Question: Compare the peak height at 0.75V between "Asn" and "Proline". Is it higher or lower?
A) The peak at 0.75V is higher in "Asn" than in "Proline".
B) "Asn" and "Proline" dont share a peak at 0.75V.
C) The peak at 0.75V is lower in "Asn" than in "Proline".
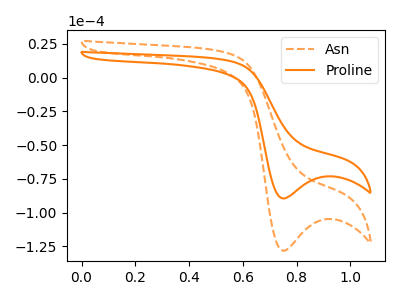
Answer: <think>The orange dashed curve "Asn" has a cathodic peak at: (0.75V, -128.25uA). The orange curve "Proline" has a cathodic peak at: (0.75V, -89.50uA).</think>
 <answer>A) The peak at 0.75V is higher in "Asn" than in "Proline".</answer>
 <eval>A</eval>